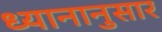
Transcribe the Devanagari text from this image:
ध्यानानुसार